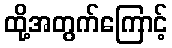
ထို့အတွက်ကြောင့်